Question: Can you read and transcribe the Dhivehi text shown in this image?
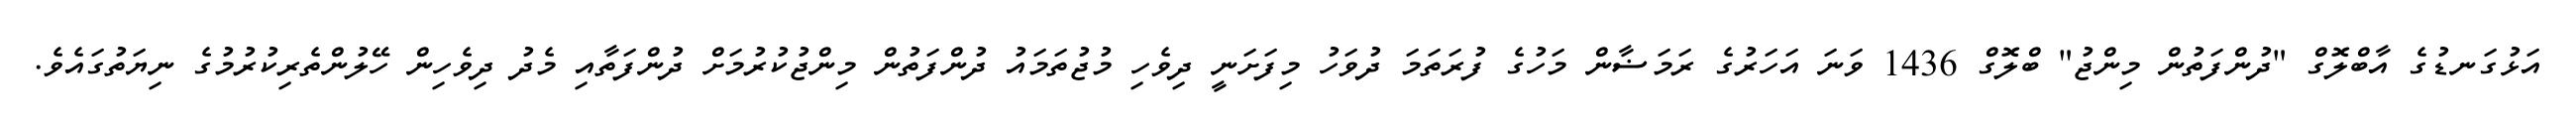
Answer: އަޅުގަނޑުގެ އާބްލޮގް "ދުންފަތުން މިންޖު" ބްލޮގް 1436 ވަނަ އަހަރުގެ ރަމަޟާން މަހުގެ ފުރަތަމަ ދުވަހު މިފަށަނީ ދިވެހި މުޖުތަމައު ދުންފަތުން މިންޖުކުރުމަށް ދުންފަތާއި މެދު ދިވެހިން ހޭލުންތެރިކުރުމުގެ ނިޔަތުގައެވެ.